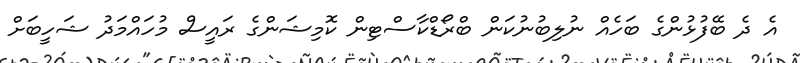
އެ ދެ ބޭފުޅުންގެ ބަހެއް ނުލިބުނުކަން ބްރޯޑްކާސްޓިން ކޮމިޝަންގެ ރައީސް މުހައްމަދު ޝަހީބަށް